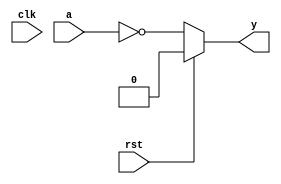
`timescale 1ns/1ps
`default_nettype none

module nor_1(y, a, rst, clk);
    parameter delay = 9;
    parameter iv = 1'b0;
    input wire a, rst, clk;

`ifdef TARGET_FPGA
    output reg y = iv;
    reg next_val = iv;

    always @(posedge clk)
    begin
        y = next_val;
    end

    always @(negedge clk)
    begin
        next_val = ~a;
    end
`else
    output wire y;
    assign #delay y = (rst) ? iv : ~a;
`endif
endmodule